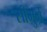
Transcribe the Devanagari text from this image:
सीमुर्ग